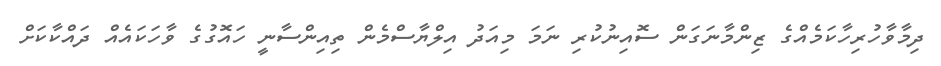
ދިމާވާހުރިހާކަމެއްގެ ޒިންމާނަގަން ސޮއިނުކުރި ނަމަ މިއަދު އިލްޔާސްމެން ތިއިންސާނީ ހައޮގުގެ ވާހަކައެއް ދައްކާކަށް